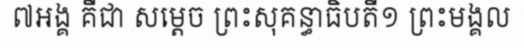
៧អង្គ គឺជា សម្តេច ព្រះសុគន្ធាធិបតី១ ព្រះមង្គល